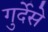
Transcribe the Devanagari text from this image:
गुर्देसे